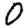
Digit: 0